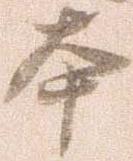
本